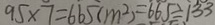
9 5 \times 7 = 6 6 5 ( m ^ { 2 } ) = 6 6 5 = 1 3 3